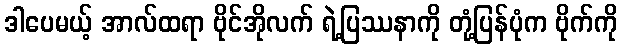
ဒါပေမယ့် အာလ်ထရာ ဗိုင်အိုလက် ရဲ့ပြဿနာကို တုံ့ပြန်ပုံက ဗိုက်ကို